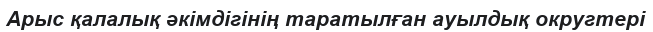
Арыс қалалық әкімдігінің таратылған ауылдық округтері